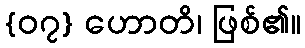
{၀၇} ဟောတိ၊ ဖြစ်၏။